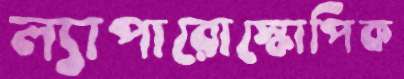
ল্যাপারোস্কোপিক